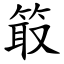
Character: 箃